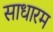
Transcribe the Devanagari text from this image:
साधारम